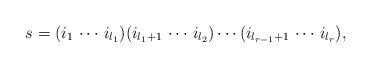
LaTeX: \begin{align*}s = (i_1 \,\cdots \, i_{l_1})(i_{l_1+1}\, \cdots \, i_{l_2})\cdots(i_{l_{r-1}+1}\, \cdots \, i_{l_r}),\end{align*}